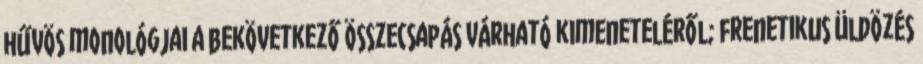
hűvös monológjai a bekövetkező összecsapás várható kimeneteléről; frenetikus üldözés